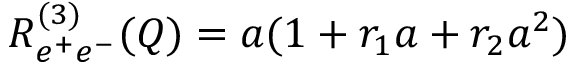
R _ { e ^ { + } e ^ { - } } ^ { ( 3 ) } ( Q ) = a ( 1 + r _ { 1 } a + r _ { 2 } a ^ { 2 } )